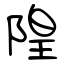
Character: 隍